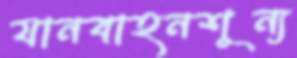
যানবাহনশূন্য